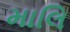
માલિ